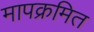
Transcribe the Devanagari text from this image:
मापक्रमित